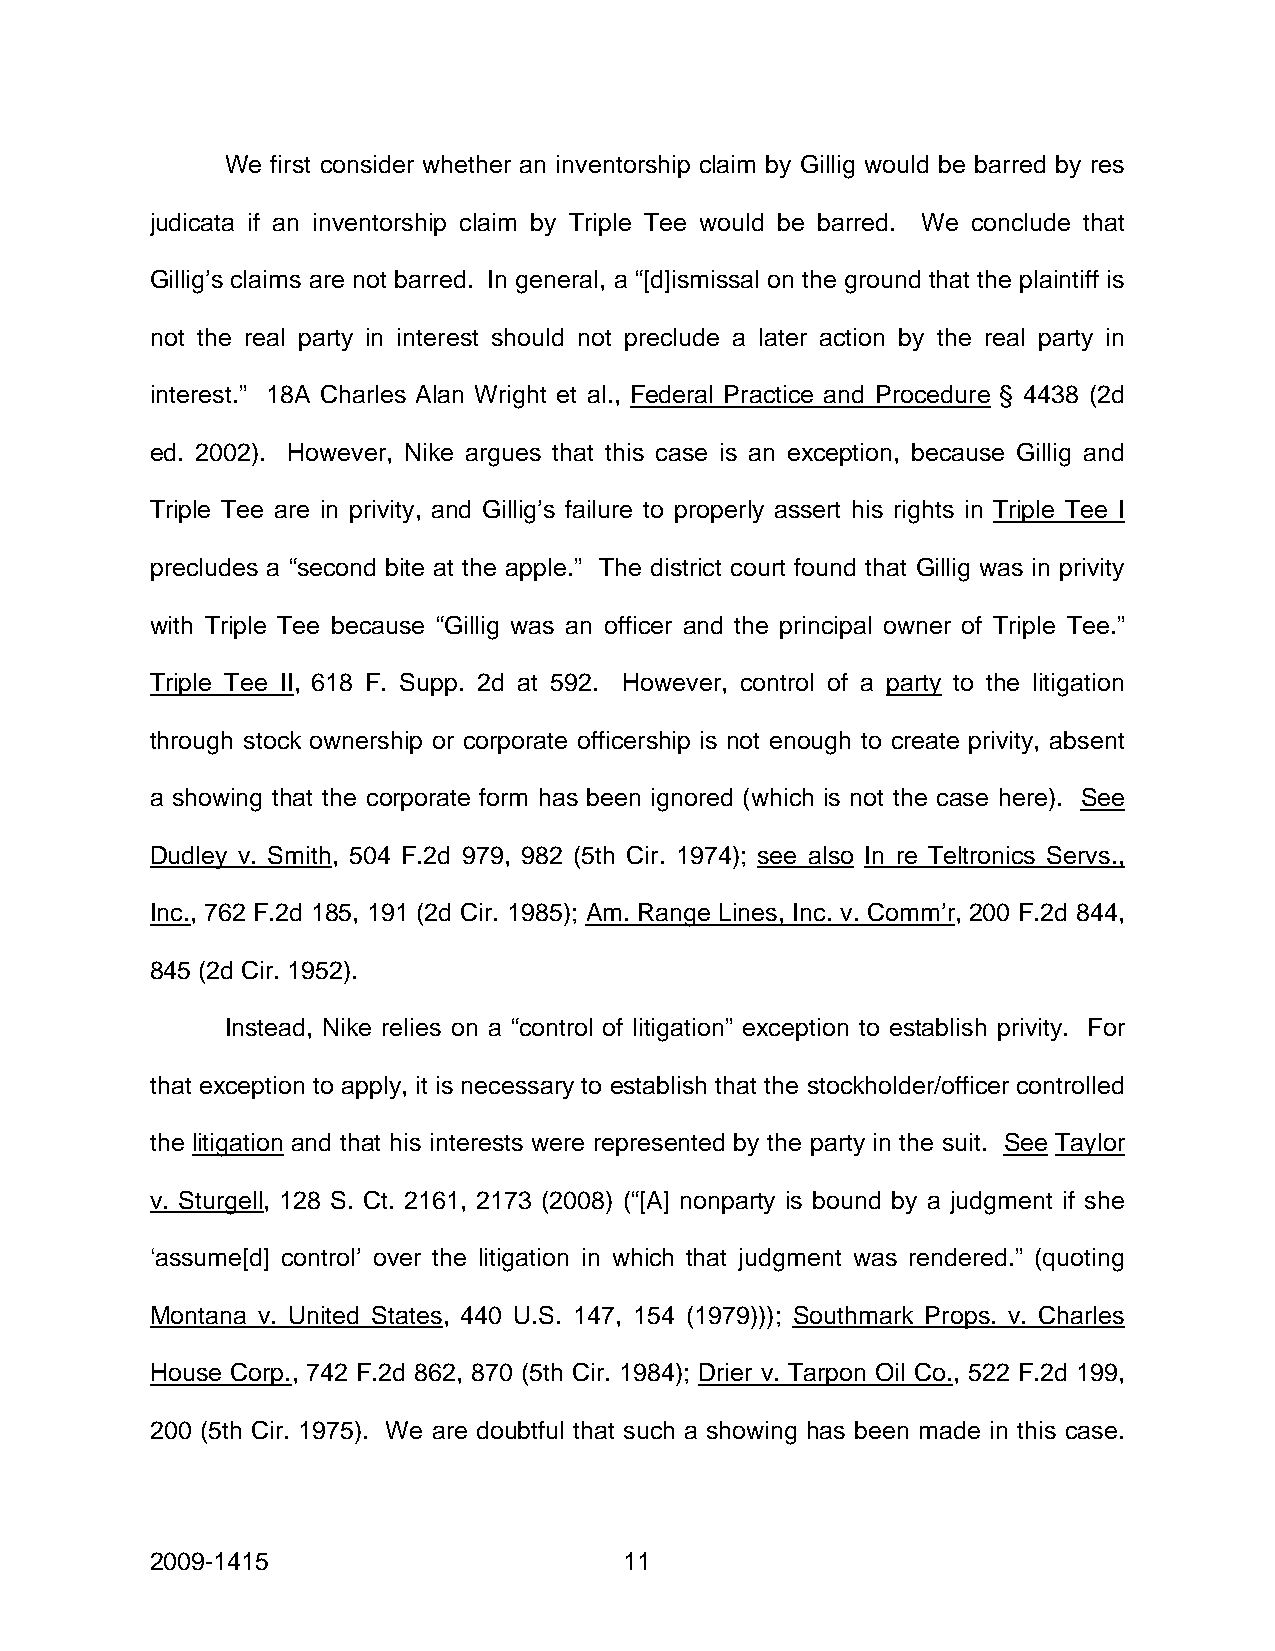
We first consider whether an inventorship claim by Gillig would be barred by res
 judicata if an inventorship claim by Triple Tee would be barred. We conclude that
 Gillig’s claims are not barred. In general, a “[d]ismissal on the ground that the plaintiff is
 not the real party in interest should not preclude a later action by the real party in
 interest.” 18A Charles Alan Wright et al., Federal Practice and Procedure § 4438 (2d
 ed. 2002). However, Nike argues that this case is an exception, because Gillig and
 Triple Tee are in privity, and Gillig’s failure to properly assert his rights in Triple Tee I
 precludes a “second bite at the apple.” The district court found that Gillig was in privity
 with Triple Tee because “Gillig was an officer and the principal owner of Triple Tee.”
 Triple Tee II, 618 F. Supp. 2d at 592. However, control of a party to the litigation
 through stock ownership or corporate officership is not enough to create privity, absent
 a showing that the corporate form has been ignored (which is not the case here). See
 Dudley v. Smith, 504 F.2d 979, 982 (5th Cir. 1974); see also In re Teltronics Servs.,
 Inc., 762 F.2d 185, 191 (2d Cir. 1985); Am. Range Lines, Inc. v. Comm’r, 200 F.2d 844,
 845 (2d Cir. 1952).
 Instead, Nike relies on a “control of litigation” exception to establish privity. For
 that exception to apply, it is necessary to establish that the stockholder/officer controlled
 the litigation and that his interests were represented by the party in the suit. See Taylor
 v. Sturgell, 128 S. Ct. 2161, 2173 (2008) (“[A] nonparty is bound by a judgment if she
 ‘assume[d] control’ over the litigation in which that judgment was rendered.” (quoting
 Montana v. United States, 440 U.S. 147, 154 (1979))); Southmark Props. v. Charles
 House Corp., 742 F.2d 862, 870 (5th Cir. 1984); Drier v. Tarpon Oil Co., 522 F.2d 199,
 200 (5th Cir. 1975). We are doubtful that such a showing has been made in this case.
 2009-1415                      11